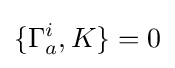
\{\Gamma _{a}^{i},K\}=0